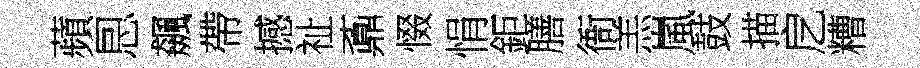
蘋㤙飆帶撼祉鼒惙悁鉅膳衙羔嵐鼓描戹糟